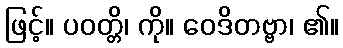
ဖြင့်။ ပဝတ္တိ၊ ကို။ ဝေဒိတဗ္ဗာ၊ ၏။